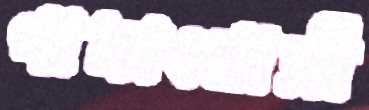
পাদাংবাসী